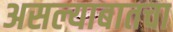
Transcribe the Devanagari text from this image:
असल्याबातचा